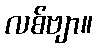
လစ်ဗျာ။